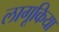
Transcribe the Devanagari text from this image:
लागूकिया